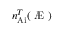
n _ { \mathrm { A i } } ^ { T } ( \mathrm { ~ \AE ~ } )